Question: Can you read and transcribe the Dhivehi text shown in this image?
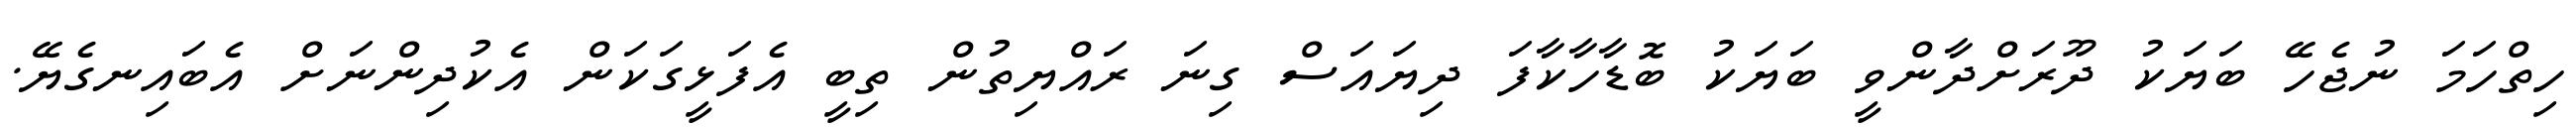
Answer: ހިތްހަމަ ނުޖެހޭ ބަޔަކު ދޫރަށްދާންވީ ބަޔަކު ބޮޑާހާކާފަ ދިޔައަސް ގިނަ ރައްޔިތުން ތިބީ އެފަޅީގަކަން އެކުދިންނަށް އެބައިނގެޔޭ.